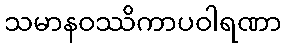
သမာနဝဿိကာပဝါရဏာ